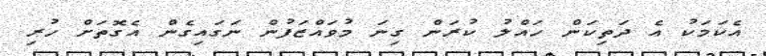
އެކަމަކު އެ ދަތިކަން ހައްލު ކުރަން ގިނަ މުވައްޒަފުން ނަގައިގެން އެގޮތަށް ހުރި